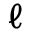
\ell